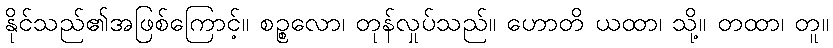
နိုင်သည်၏အဖြစ်ကြောင့်။ စဉ္စလော၊ တုန်လှုပ်သည်။ ဟောတိ ယထာ၊ သို့။ တထာ၊ တူ။